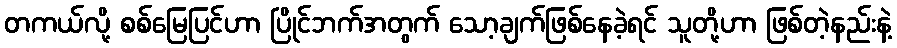
တကယ်လို့ စစ်မြေပြင်ဟာ ပြိုင်ဘက်အတွက် သော့ချက်ဖြစ်နေခဲ့ရင် သူတို့ဟာ ဖြစ်တဲ့နည်းနဲ့